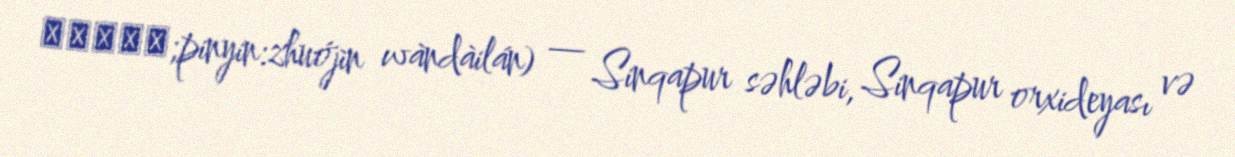
卓锦万黛兰;pinyin:zhuójǐn wàndàilán) — Sinqapur səhləbi, Sinqapur orxideyası və